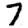
Digit: 7